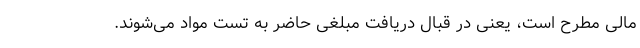
مالی مطرح است، یعنی در قبال دریافت مبلغی حاضر به تست مواد می‌شوند.